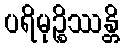
ပရိမုဉ္စိဿန္တိ